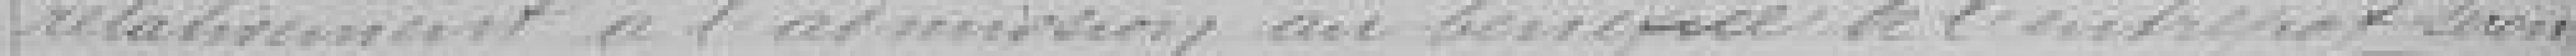
relativement à l'admission au bénéfice de l'entreprise seront